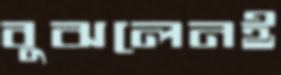
বুঝলেনই